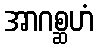
အာဂစ္ဆဟံ